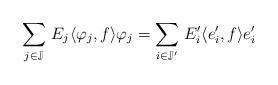
LaTeX: \begin{align*}\sum_{j\in\mathbb{J}}\,E_j\langle\varphi_j, f\rangle\varphi_j=\sum_{i\in\mathbb{J}'}\, E_i'\langle{e}_i', f\rangle{e}_i' \end{align*}